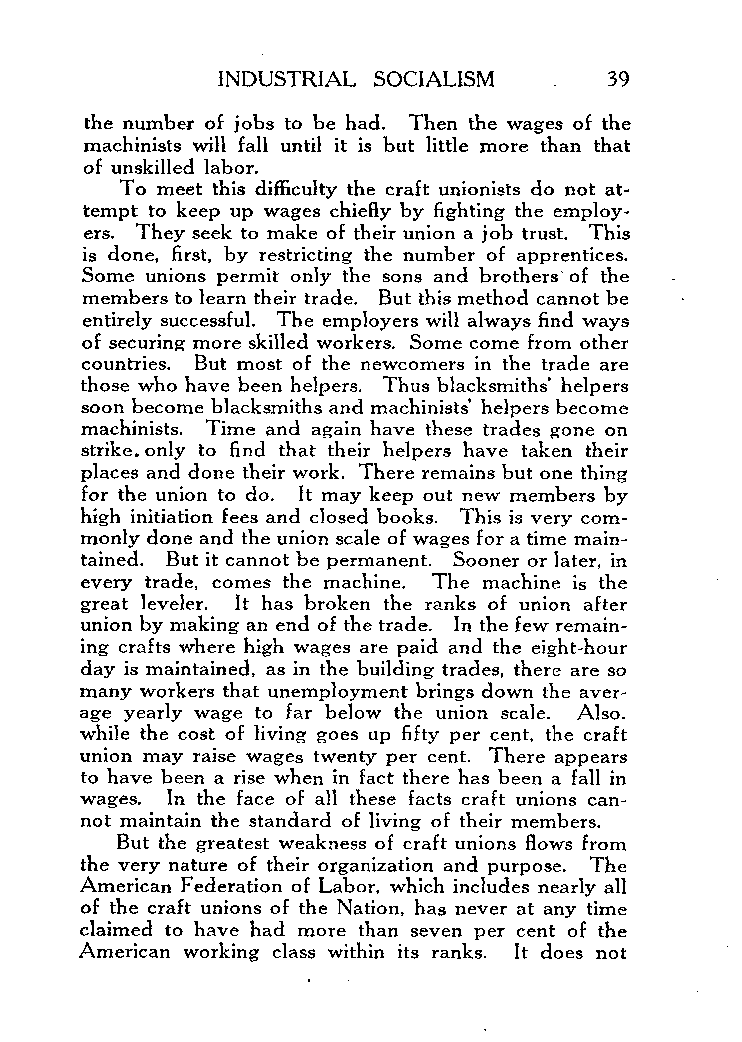
INDUSTRIAL SOCIALISM      39
 the number of jobs to be had. Then the wages of the
 machinists will fall until it is but little more than that
 of unskilled labor.
 To meet this difficulty the craft unionists do not at-
 tempt to keep up wages chiefly by fighting the employ-
 ers. They seek to make of their union a job trust. This
 is done, first, by restricting the number of apprentices.
 Some unions permit only the sons and brothers. of the .
 members to learn their trade. But this method cannot be
 entirely successful. The employers will always find ways
 of securing more skilled workers. Some come from other
 countries. But most of the newcomers in the trade are
 those who have been helpers. Thus blacksmiths’ helpers
 soon become blacksmiths and machinists’ helpers become
 machinists. Time and again have these trades gone on
 strike. only to find that their helpers have taken their
 places and done their work. There remains but one thing
 for the union to do. It may keep out new members by
 high initiation fees and closed books. This is very com-
 monly done and the union scale of wages for a time main-
 tained. But it cannot be permanent. Sooner or later, in
 every trade, comes the machine. The machine is the
 great leveler. It has broken the ranks of union after
 union by making an end of the trade. In the few remain-
 ing crafts where high wages are paid and the eight-hour
 day is maintained, as in the building trades, there are so
 many workers that unemployment brings down the aver-
 age yearly wage to far below the union scale. Also.
 while the cost of living goes up fifty per cent, the craft
 union may raise wages twenty per cent. There appears
 to have been a rise when in fact there has been a fall in
 wages. In the face of all these facts craft unions can-
 not maintain the standard of living of their members.
 But the greatest weakness of craft unions flows from
 the very nature of their organization and purpose. The
 American Federation of Labor, which includes nearly all
 of the craft unions of the Nation, has never at any time
 claimed to have had more than seven per cent of the
 American working class within its ranks. It does not